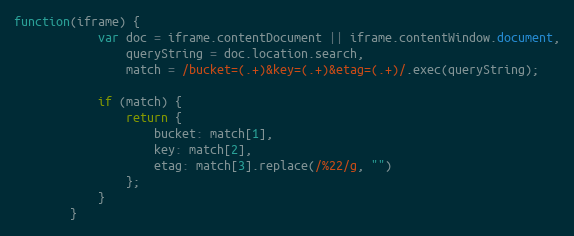
Language: JavaScript
function(iframe) {
            var doc = iframe.contentDocument || iframe.contentWindow.document,
                queryString = doc.location.search,
                match = /bucket=(.+)&key=(.+)&etag=(.+)/.exec(queryString);

            if (match) {
                return {
                    bucket: match[1],
                    key: match[2],
                    etag: match[3].replace(/%22/g, "")
                };
            }
        }